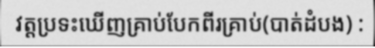
វត្តប្រទះឃើញគ្រាប់បែកពីរគ្រាប់(បាត់ដំបង) :